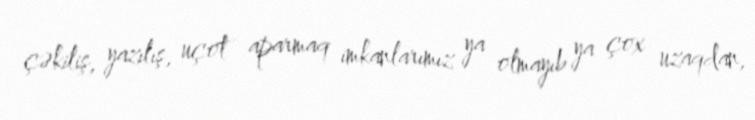
çəkiliş, yazılış, uçot aparmaq imkanlarımız ya olmayıb ya çox uzaqdan,